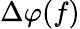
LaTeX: \Delta\varphi(f)